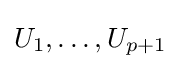
U_{1},\ldots ,U_{p+1}